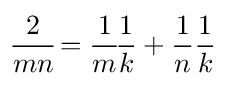
\!{\frac {2}{mn}}\!={\frac {1}{m}}\!{\frac {1}{k}}+{\frac {1}{n}}{\frac {1}{k}}